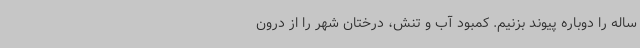
ساله را دوباره پیوند بزنیم. کمبود آب و تنش، درختان شهر را از درون